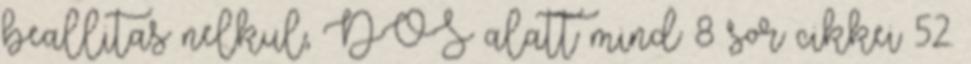
beallitas nelkul, DOS alatt mind 8 sor cikkei 52.